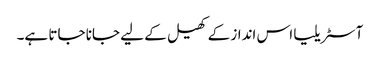
آسٹریلیا اس انداز کے کھیل کے لیے جانا جاتا ہے۔